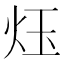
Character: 𪸛